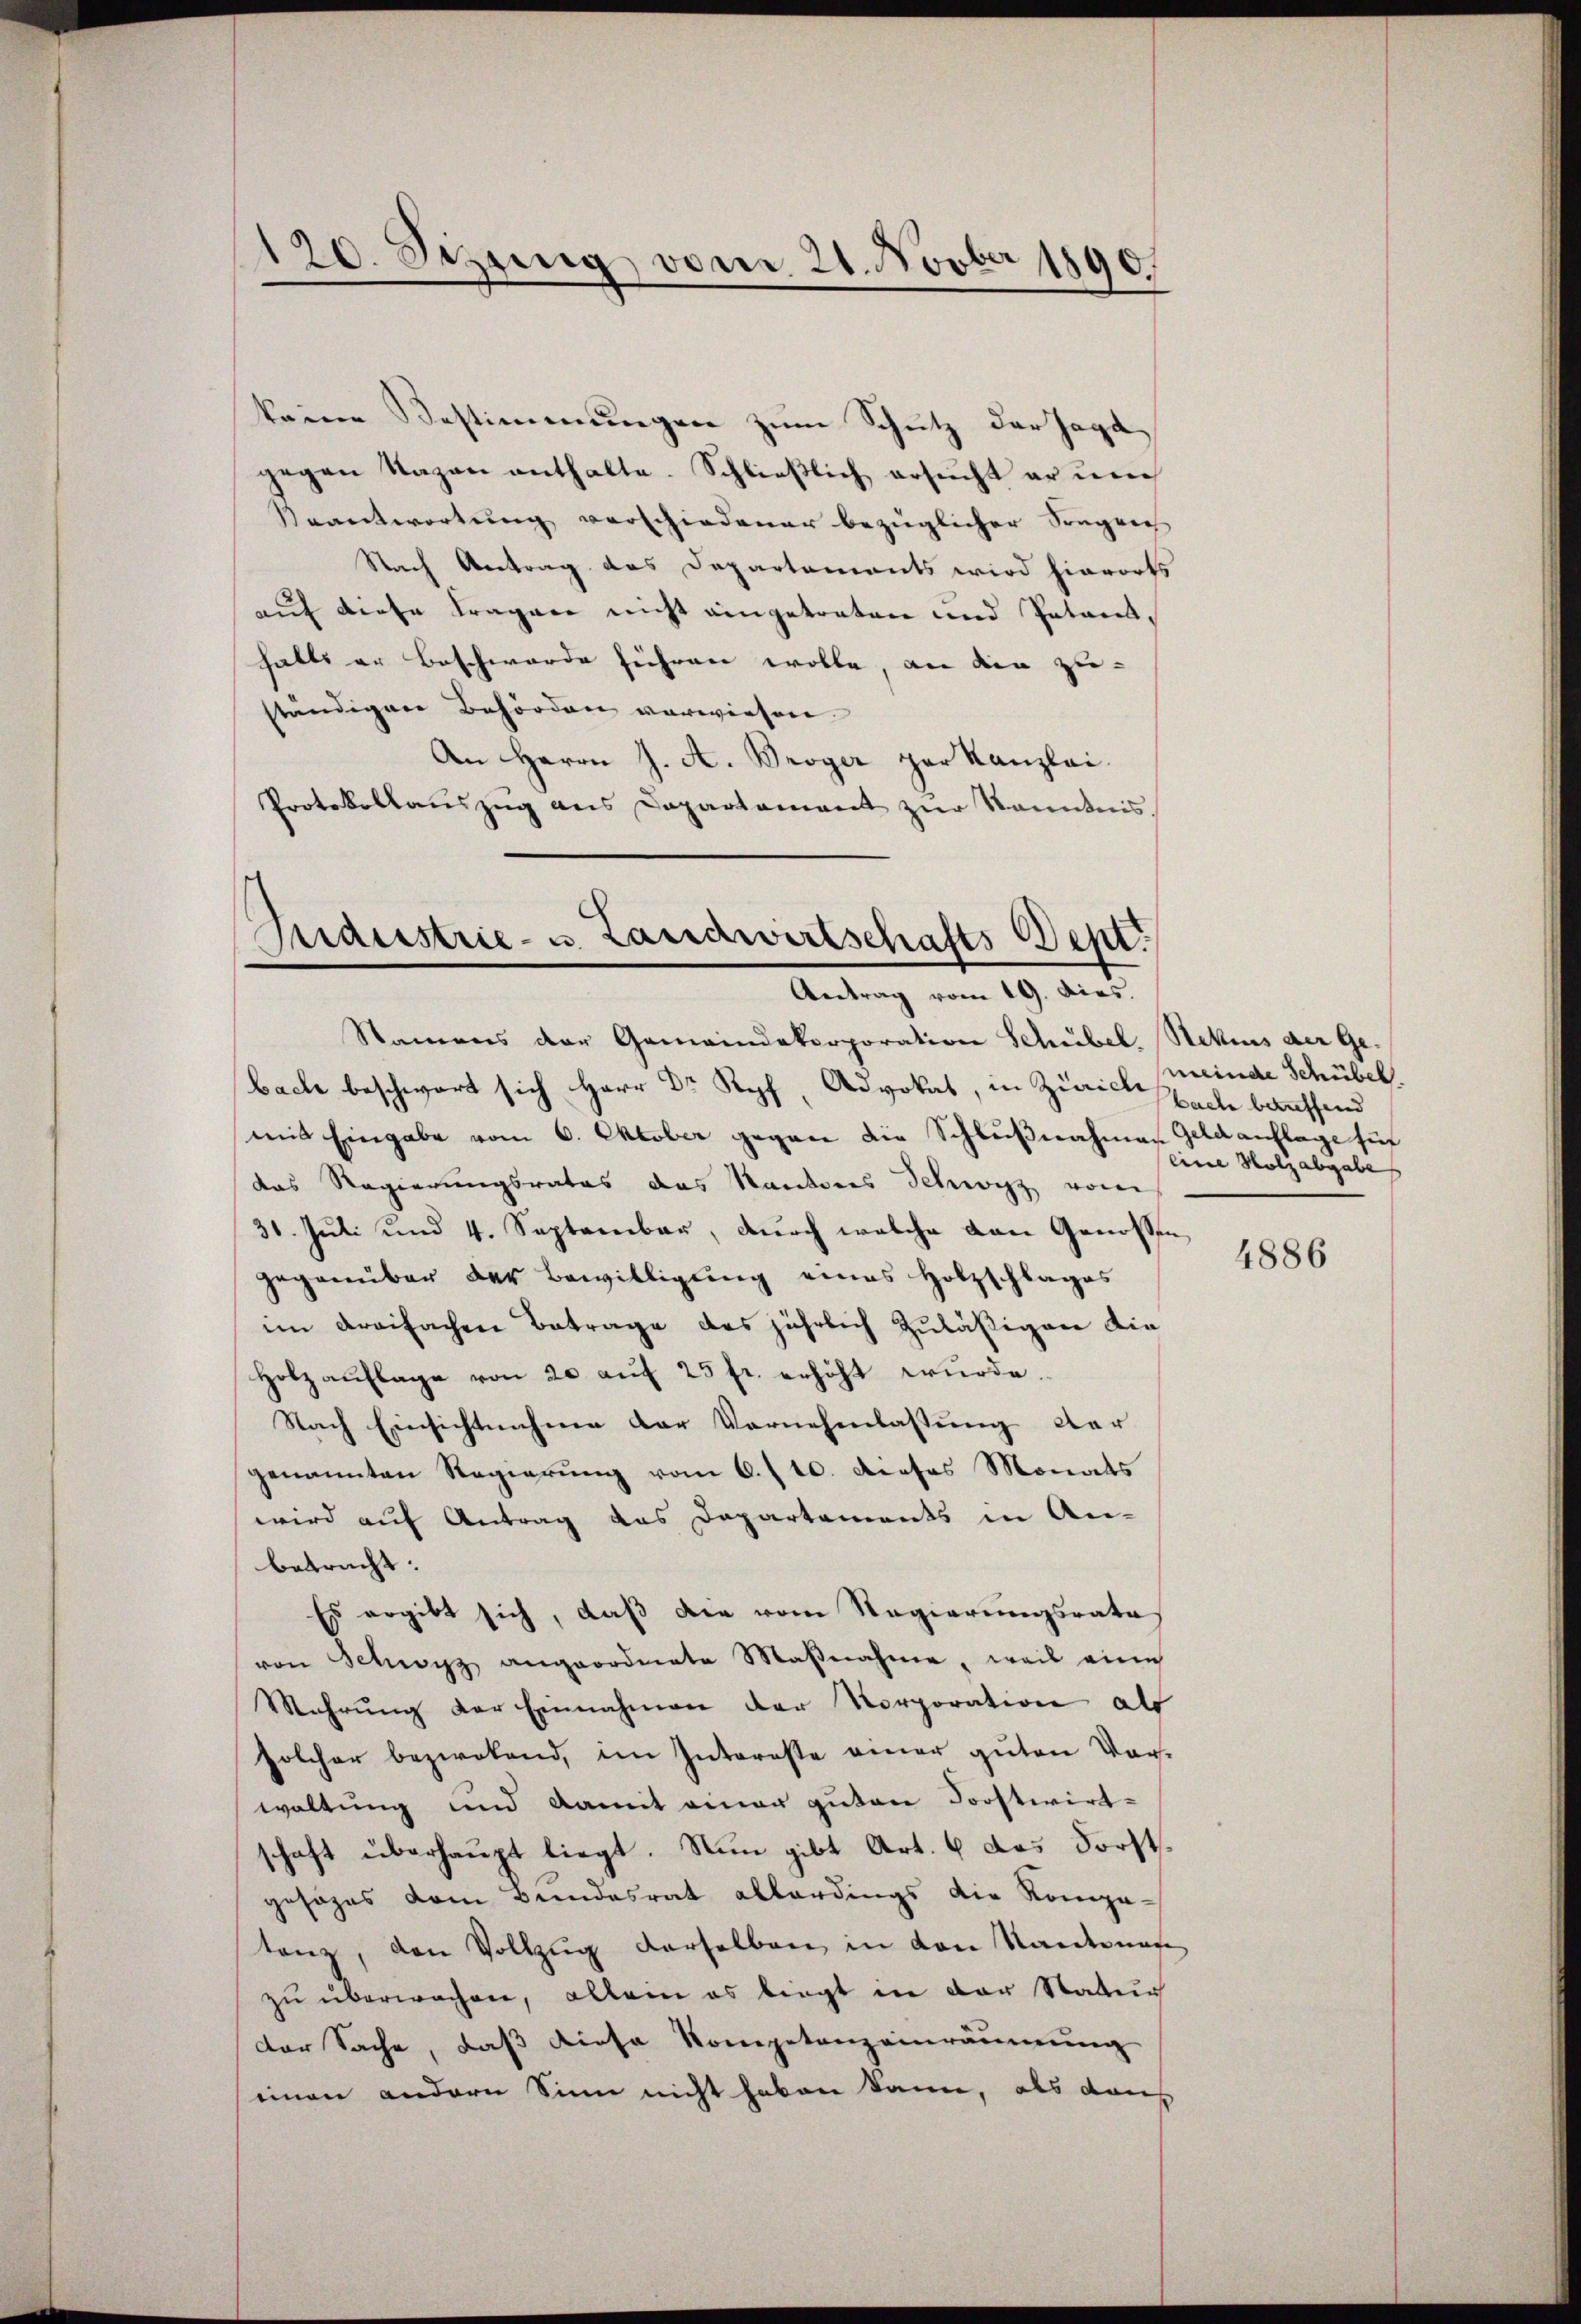
120. Septing vom 21. Novber 1890.

keine Bestimmungen zum Schutz der Jagd
gegen Nazen enthalte. Schließlich ersucht er un¬
Beantwortung verschiedener bezüglicher Sorgen
Nach Antrag das Departements wird hierorts
auf diese Fragene nicht eingetreten und Patenthalts er Beschwerde führen wolle, an die zu-
ständigen Behörden vorwiesen.
An Herrn J. A. Broger par Kanzlei.
Protokollaŭszŭg ans Departament zŭr Kenntnis

Maistrie- u. Landwirtschafts-Dept.
Antrag vom 19. dies.

Namens der Gemeindekorporation Schübel. Stekers der Gebach beschwart sich Herr Dr Kopf, Advokat, in Zürich specte bauffend
mit Eingabe vom 6. Oktober gegen die Schlußnahmen Geldauflage suf
das Regierungsrates das Kantones Schwyz vom
31. Juli und 4. September, durch welche von Genossen,
gegenüber der Bewilligung eines Holzschlages
im dreifachen Betrage des jährlich zuläßigen die
Holzauflage von 20 auf 25 fr. erhöht wurde.
Nach Einsichtnahme der Vornehmlassung der
genannten Regierung vom 6./10. dieses Monats
wird auf Antrag das Departements in An-
betracht:
Es ergibt sich, daß die vom Regierungsrates
von Schwyz angeordnete Maβnahme, weil eine
Mahrŭng der Einnahmen der Korporation als
solcher bezwekend, im Interesse einer guten Vor-
waltung und damit einer guten Forstwirt-
schaft überhaupt liegt. Nun gibt Art. 6 das Forstgesages dem Bundesrat allerdings die Kompatanz, den Vollzug derselben in den Sandtenage
zu überwachen, allein es liegt in der Statun
der Sache, daß diese Kompetenzeinräumung
einen andern Sinn nicht haben kann, als dah

meinde Schübel.
eine Holzabgabe

4886